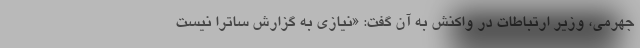
جهرمی، وزیر ارتباطات در واکنش به آن گفت: «نیازی به گزارش ساترا نیست